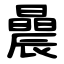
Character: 曟